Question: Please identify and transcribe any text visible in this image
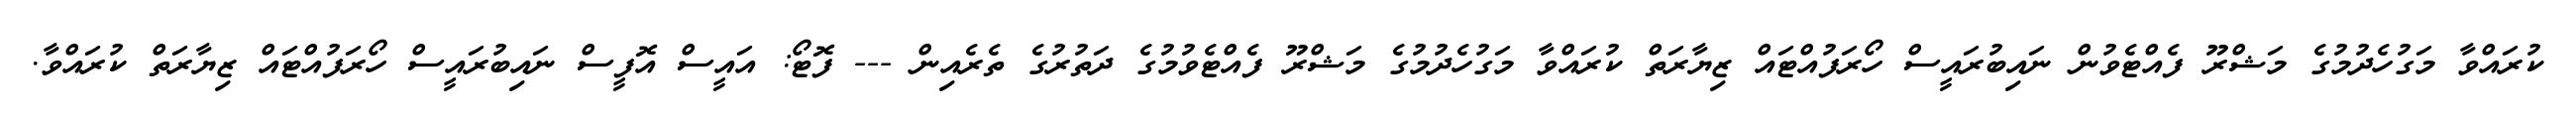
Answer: ކުރައްވާ މަގުހެދުމުގެ މަޝްރޫ ފެއްޓެވުން ނައިބުރައީސް ހޯރަފުއްޓައް ޒިޔާރަތް ކުރައްވާ މަގުހެދުމުގެ މަޝްރޫ ފެއްޓެވުމުގެ ދަތުރުގެ ތެރެއިން --- ފޮޓޯ: އައީސް އޮފީސް ނައިބުރައީސް ހޯރަފުއްޓައް ޒިޔާރަތް ކުރައްވާ.